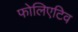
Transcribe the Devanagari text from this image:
फोलिएटिव